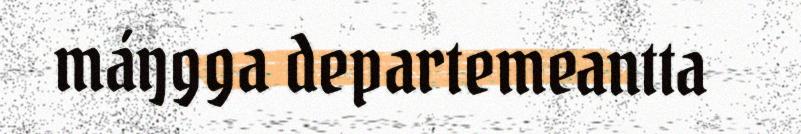
máŋgga departemeantta